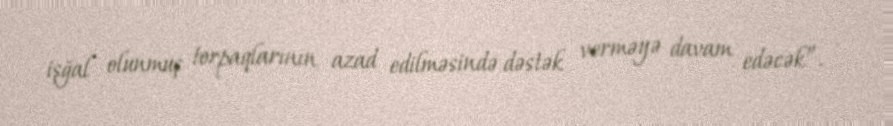
işğal olunmuş torpaqlarının azad edilməsində dəstək verməyə davam edəcək”.